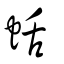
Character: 蛞